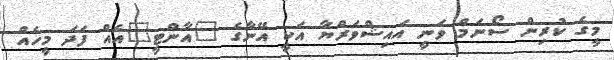
މީގެ ކުރިން ސޯނަމް ވަނީ އައިޝްވަރްޔާ އަކީ އޭނާގެ "އާންޓީ"އެއް ފަދަ މީހެއް